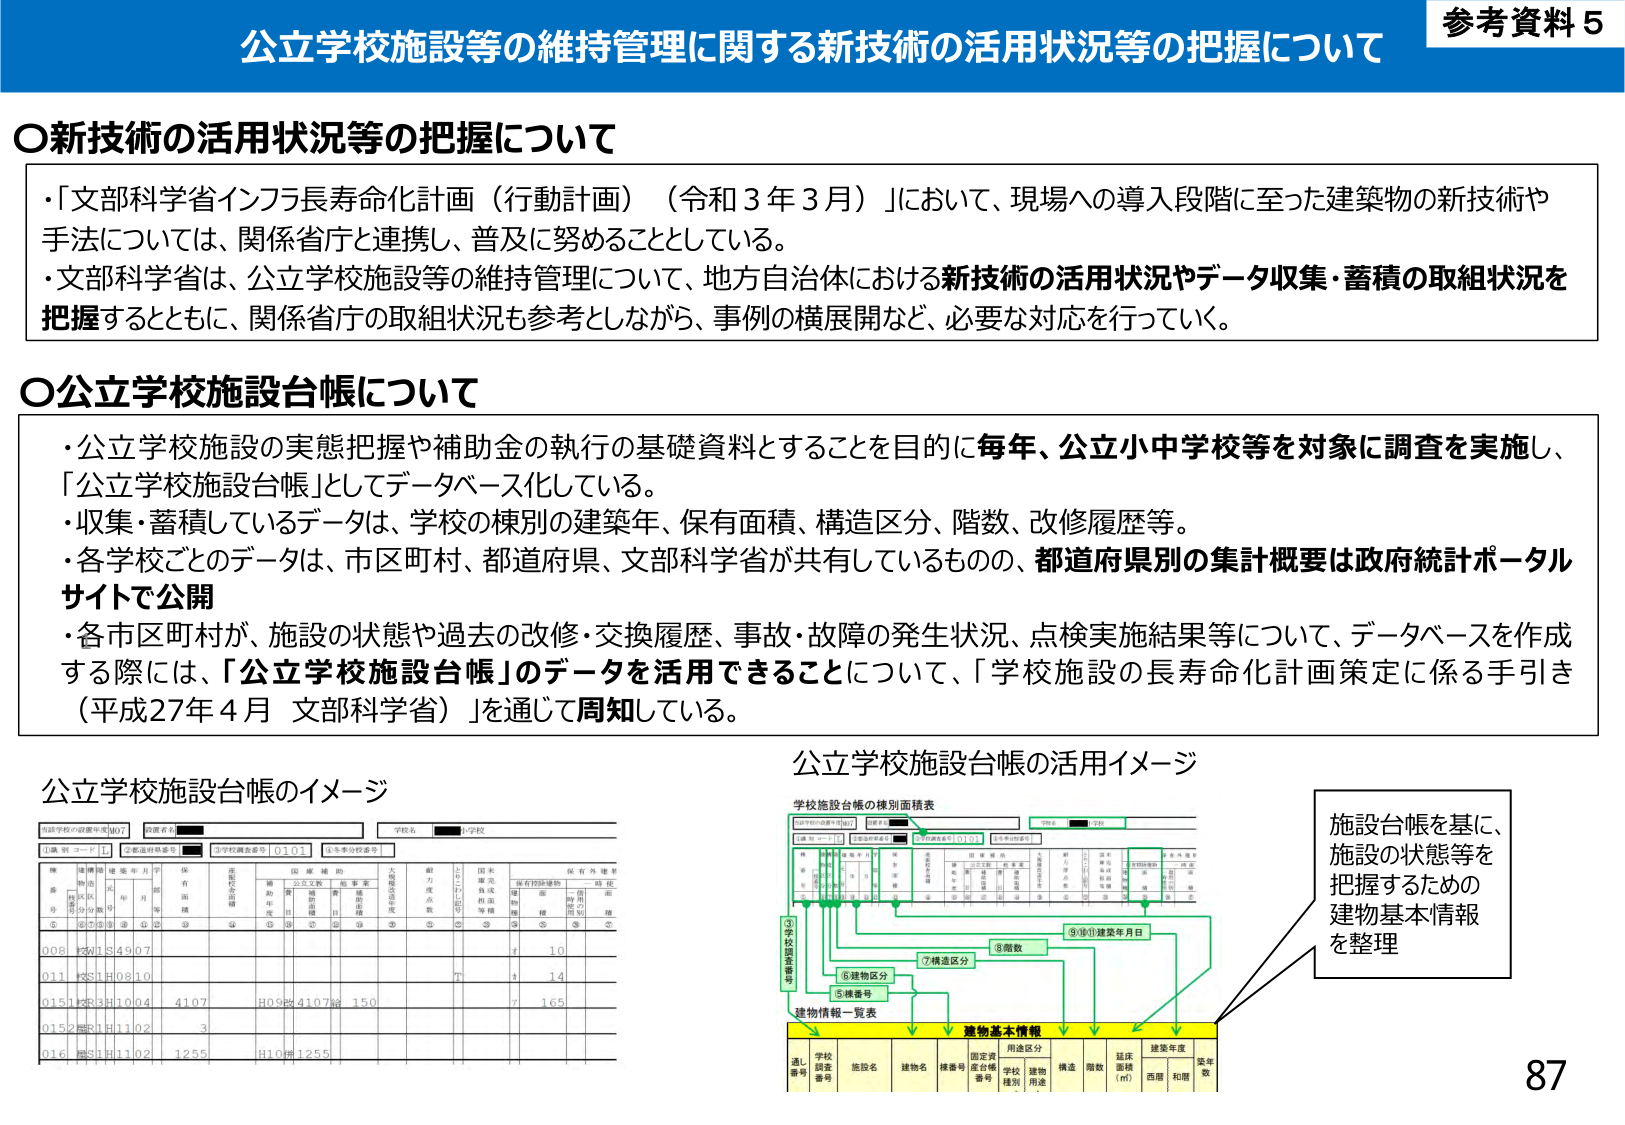
参考資料５
公立学校施設等の維持管理に関する新技術の活用状況等の把握について

○新技術の活用状況等の把握について
・「文部科学省インフラ長寿命化計画（行動計画）（令和３年３月）」において、現場への導入段階に至った建築物の新技術や手法については、関係省庁と連携し、普及に努めることとしている。
・文部科学省は、公立学校施設等の維持管理について、地方自治体における新技術の活用状況やデータ収集・蓄積の取組状況を把握するとともに、関係省庁の取組状況も参考としながら、事例の横展開など、必要な対応を行っていく。

○公立学校施設台帳について
・公立学校施設の実態把握や補助金の執行の基礎資料とすることを目的に毎年、公立小中学校等を対象に調査を実施し、「公立学校施設台帳」としてデータベース化している。
・収集・蓄積しているデータは、学校の棟別の建築年、保有面積、構造区分、階数、改修履歴等。
・各学校ごとのデータは、市区町村、都道府県、文部科学省が共有しているものの、都道府県別の集計概要は政府統計ポータルサイトで公開
・各市区町村が、施設の状態や過去の改修・交換履歴、事故・故障の発生状況、点検実施結果等について、データベースを作成する際には、「公立学校施設台帳」のデータを活用できることについて、「学校施設の長寿命化計画策定に係る手引き（平成27年４月 文部科学省）」を通じて周知している。

公立学校施設台帳のイメージ
（表の見出し）
市町村の設置年度 07
都道府県名 ■
学校名 ■小学校
①施設コード ②都道府県番号 ■ ③学校施設番号 0107 ④生徒の校舎等

（表の列見出し）
棟番号 ①
建築年月日 ②
保有面積 ③
構造区分 ④
用途区分 ⑤
耐力壁の有無 ⑥
耐力壁の種類 ⑦
耐力壁の数 ⑧
耐力壁の状態 ⑨
保有面積 ⑩
用途区分 ⑪
構造区分 ⑫
階数 ⑬
改修履歴 ⑭
備考 ⑮

（表のデータ例）
008 KSW154907 10
011 KSH10810 T 1 14
0151 KSH3H1004 4107 H0984107# 150 7 165
0152 KSH1H1102 3
016 KSH1H1102 1255 H10#1255

公立学校施設台帳の活用イメージ
学校施設台帳の棟別面積表
（表の見出し）
市町村の設置年度 07
都道府県名 ■
学校名 ■小学校
①施設コード ②都道府県番号 ■ ③学校施設番号 0107 ④生徒の校舎等

（表の列見出し）
棟番号 ①
建築年月日 ②
保有面積 ③
構造区分 ④
用途区分 ⑤
耐力壁の有無 ⑥
耐力壁の種類 ⑦
耐力壁の数 ⑧
耐力壁の状態 ⑨
保有面積 ⑩
用途区分 ⑪
構造区分 ⑫
階数 ⑬
改修履歴 ⑭
備考 ⑮

（図の説明）
③学校施設番号
⑥構造区分
⑦構造区分
⑧階数
⑨⑩建築年月日
⑤棟番号

建物情報一覧表
建物基本情報
（表の列見出し）
通し番号 学校施設番号 施設名 建物名 固定資産台帳番号 用途区分（学校種別・建物用途） 構造 階数 延床面積（㎡） 建築年度（西暦・和暦） 築年数

施設台帳を基に、施設の状態等を把握するための建物基本情報を整理

87